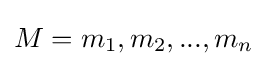
M={m_{1},m_{2},...,m_{n}}